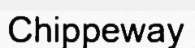
Chippeway